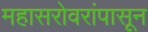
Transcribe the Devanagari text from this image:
महासरोवरांपासून